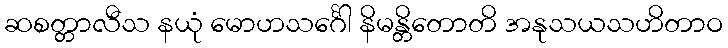
ဆစတ္တာလီသ နယုံ မောဟသင်္ဂေါ နိမန္တိတောတိ အနုသယသဟိတာဝ